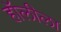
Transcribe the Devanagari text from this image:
हॉलीला